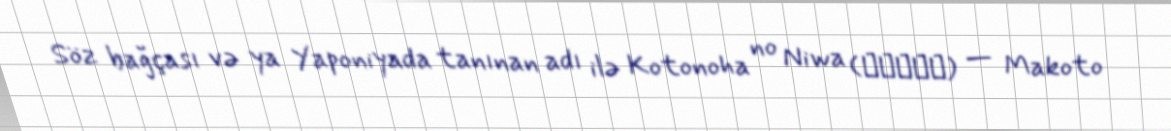
Söz bağçası və ya Yaponiyada tanınan adı ilə Kotonoha no Niwa (言の葉の庭) — Makoto